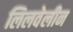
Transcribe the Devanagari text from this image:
लिलवेलीन